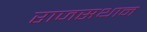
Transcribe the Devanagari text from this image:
राजसथान